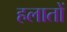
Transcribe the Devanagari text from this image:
हलातों